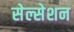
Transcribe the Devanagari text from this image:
सेल्सेशन